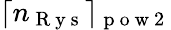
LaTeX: \lceil n_{\mathrm{~R~y~s~}}\rceil_{\mathrm{~p~o~w~2~}}